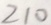
2 1 0